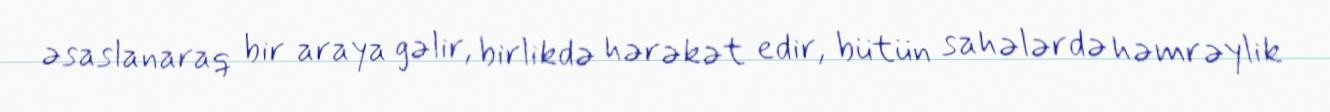
əsaslanaraq bir araya gəlir, birlikdə hərəkət edir, bütün sahələrdə həmrəylik